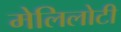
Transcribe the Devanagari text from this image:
मेलिलोटी